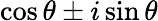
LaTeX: \cos\theta\pm i\sin\theta